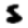
Digit: 5